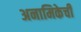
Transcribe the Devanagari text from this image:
अनामिकेची